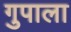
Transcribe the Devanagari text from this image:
गुपाला